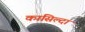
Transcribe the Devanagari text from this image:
कासिल्दा